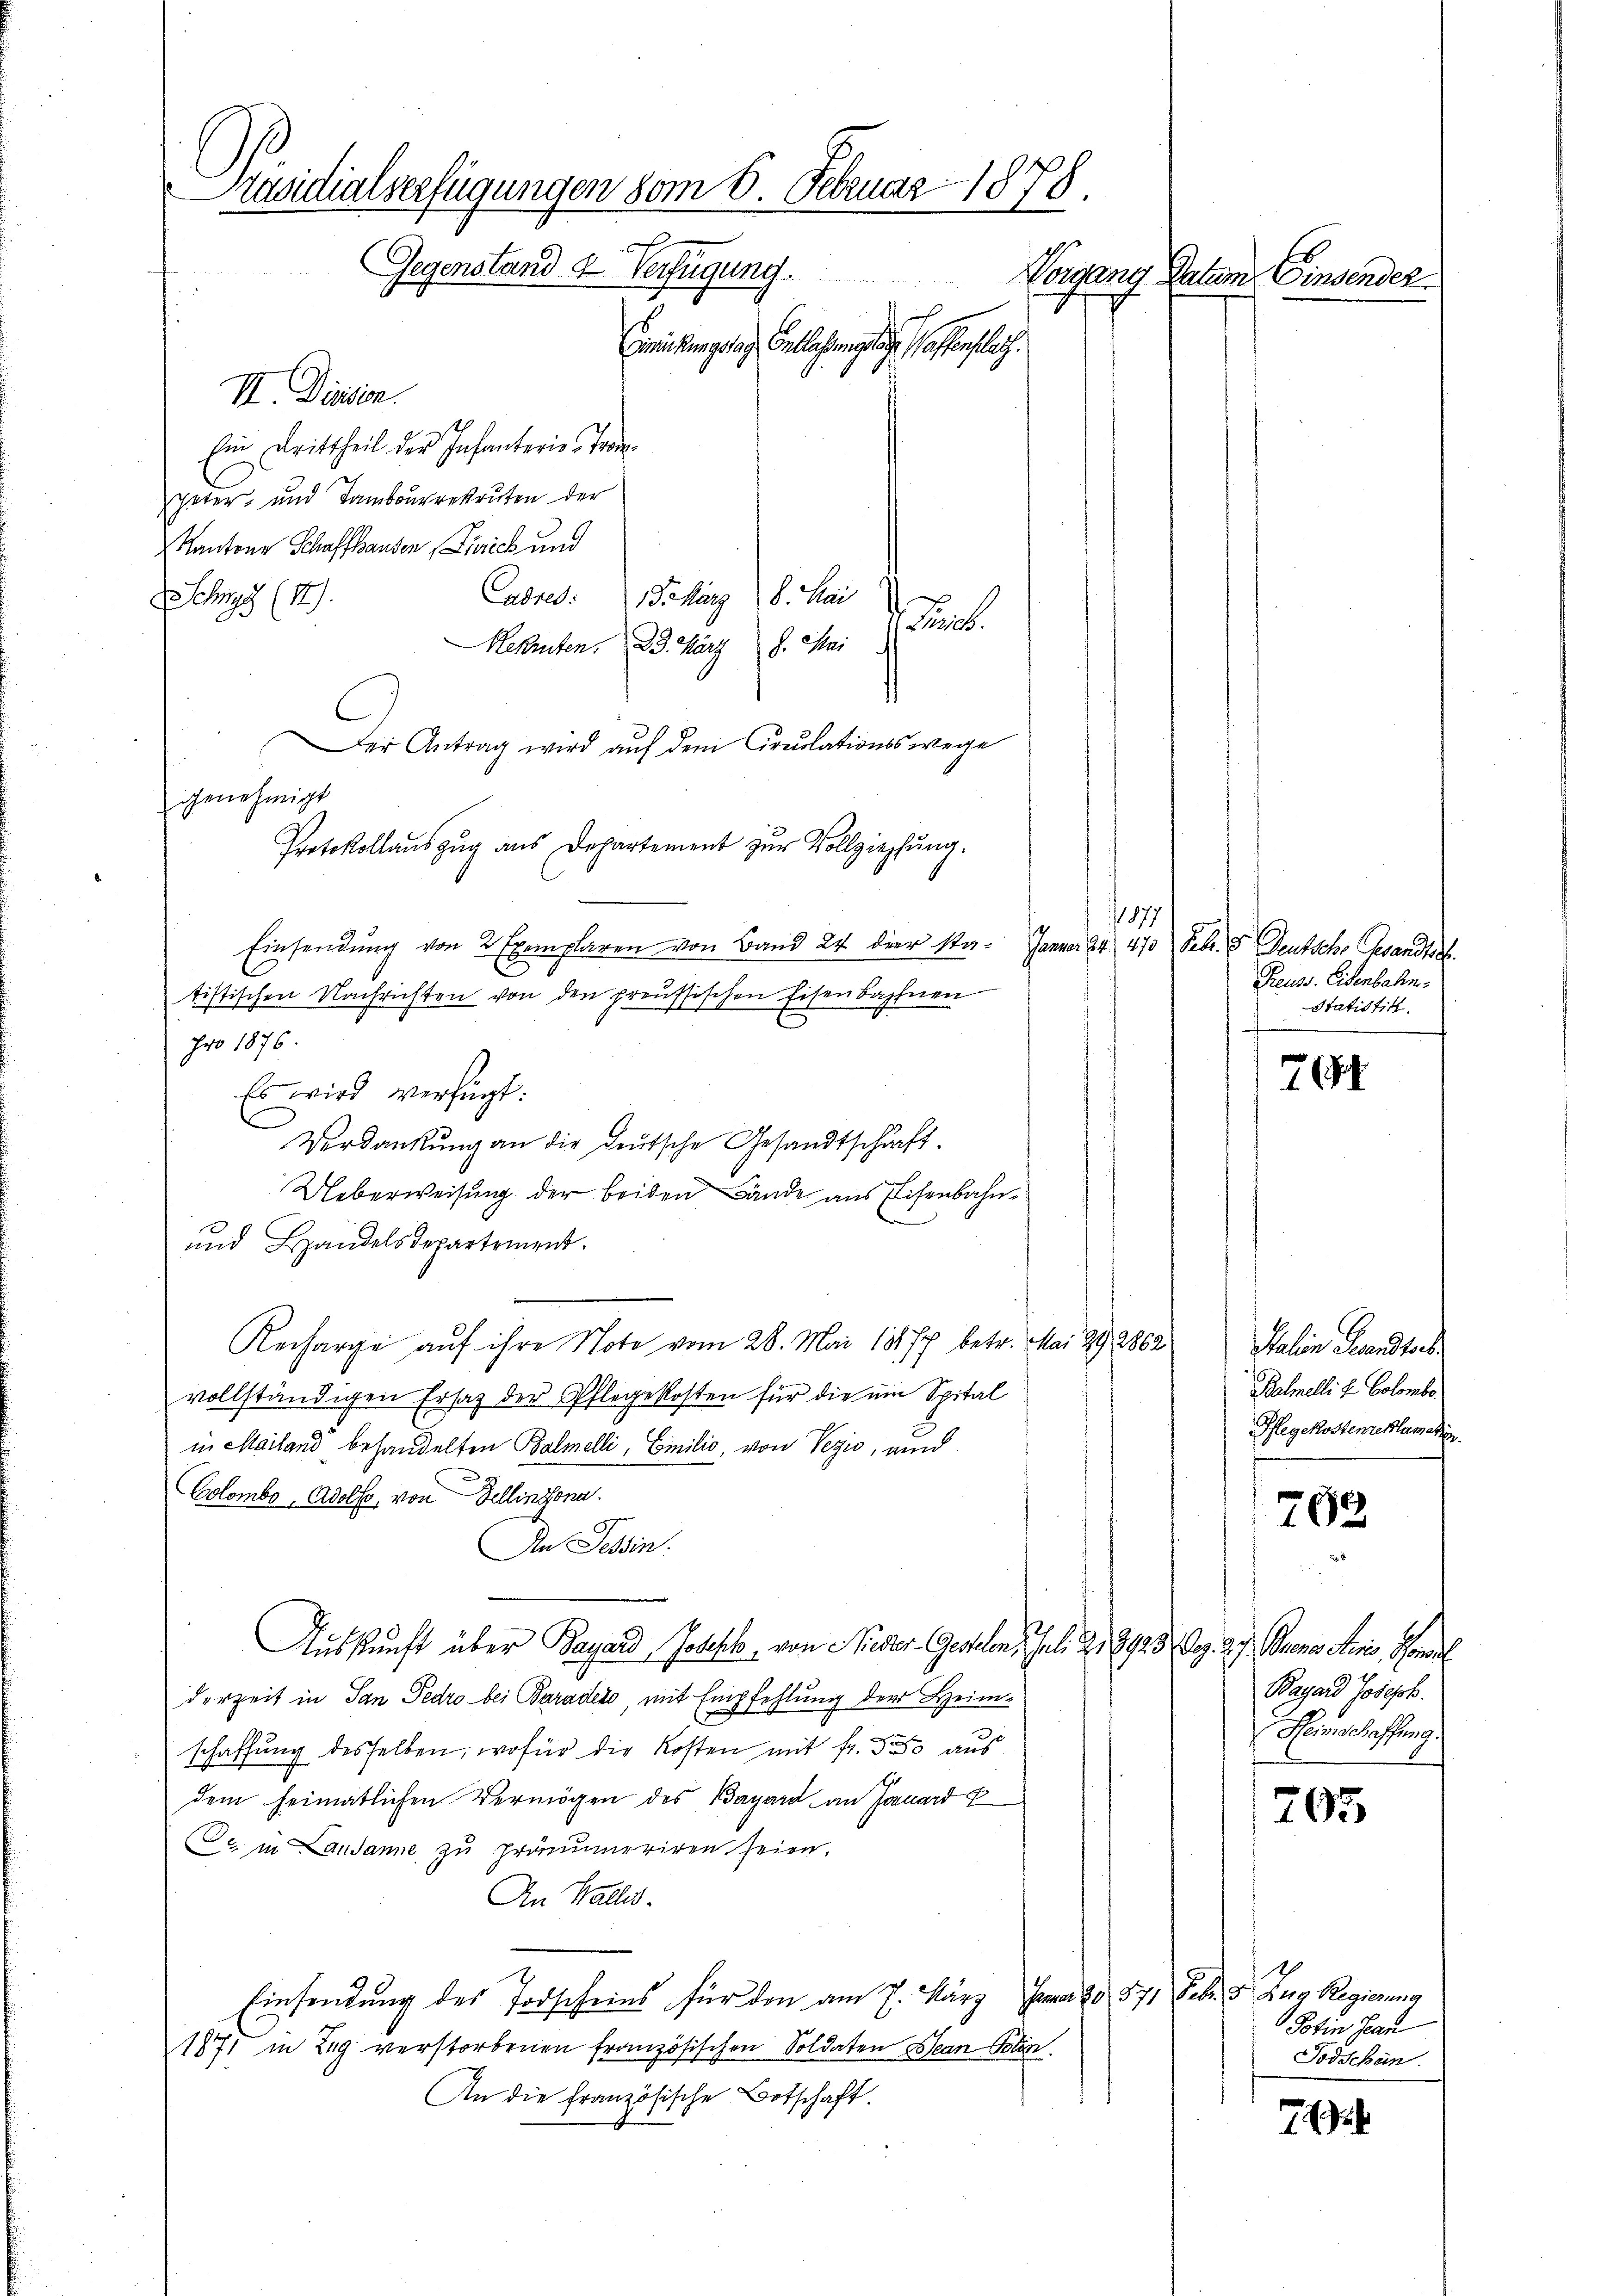
Präsidialverfügungen vom 6. Februar 1878.
Gegenstand & Verfügung.
Norgang Datum Einsender
Emeichungsrath Entlaßungsrath haftenflech
II. Diesen.
Ein Drittheil der Infanterie - Tro

peter- und Tambourekruten der
Kantone Schaffhausen Zürich und
Cadres: 1. März 8. Mai
Sechs (14).
aus
Rekruten. 23. März 8. Mai
Der Antrag wird auf dem Circulationsswege
Protokollauszug aus Departement zur Vollziehung.
1877
Einsendung von 2 Exemplaren von Band 24 der Sta- Januar 24. 470 Febr. & Deutsche Gesandtsch.
E
tistischen Nachrichten von den preussischen Eisenbahnen
pro 1876.
Es wird verfügt:
Verdankung an die deutsche Gesandtschaft.
Ueberweisung der beiden Lände aus Eisenbahn¬
und Handelsdepartement.
Recharge auf ihre Note vom 28. Mai 18177 betr. Mai 29. 2862
vollständigen Ersatz der Pflegekosten für die um Spital
in Mailand behandelten Balmelli, Emilio, von Vezić, und
9
Colombe, Adolf, von Dellinzona.
An Tessin.
Auskunft über Tagard Joseph, von Nieder-Geselen, Juli d. 13923. Dez. 3. J. Krones Juris, Handel
dorzeit in San Fedro bei Barades, mit Empfehlung der Heimschaffung desselben, wofür die Kosten mit Fr. 50 aus
dem heimatlichen Vermögen des Bayard an Jonard E
Da in Lausanne zu pränumeriren seien.
An Wallis.
Einsendung des Todscheins für den am 7. März, Jena. 80. 571 Febr. v. Zug Regierung
1871 in Zug verstorbenen französischen Soldaten Bean Boten.
An die Französische Botschaft.

genehmigt

Preuss. Eisenbahn.
Statistik.

71

Salin Gesandterb
Balmelli u. Colombe
Pflegekostenreklamatin

762

Bagard Joseph.
Heinschaffung

705

Potin Jean
Todschein.

74